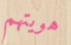
هويتهم